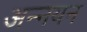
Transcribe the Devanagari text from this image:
अन्नयन